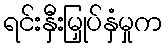
ရင်းနှီးမြှုပ်နှံမှုက